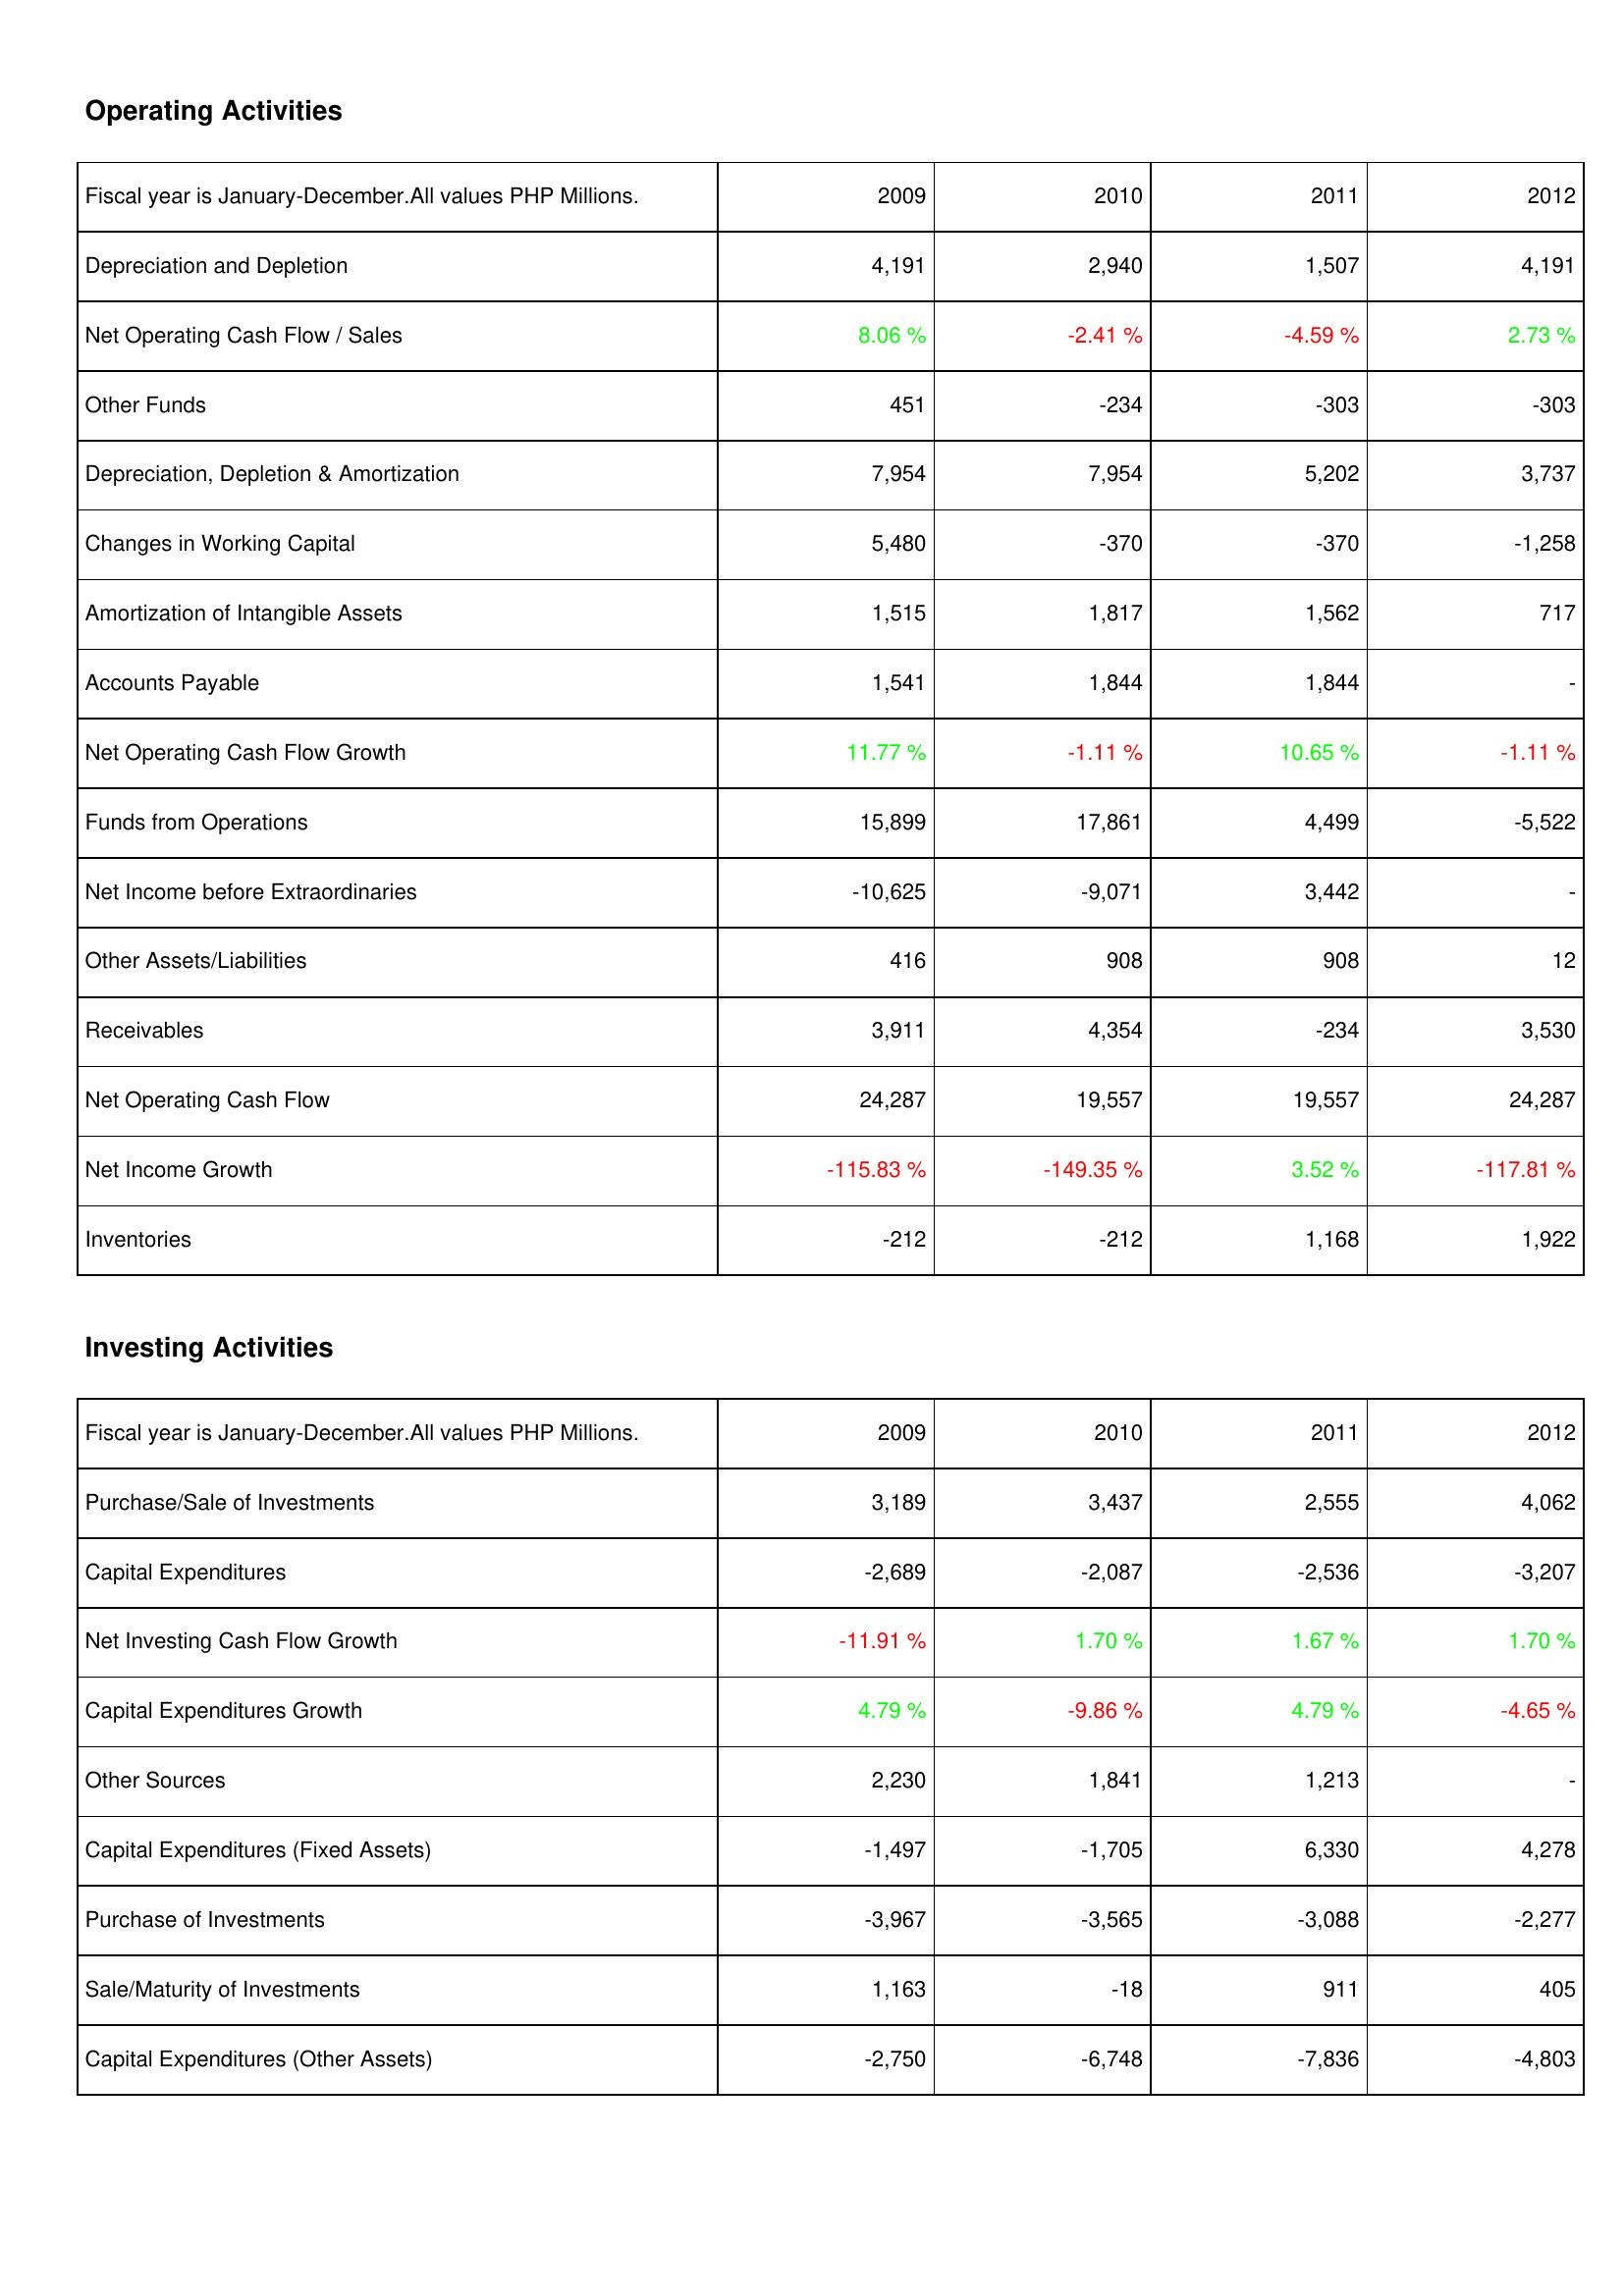
2009: Operating Activities: Depreciation and Depletion: 4,191
Net Operating Cash Flow / Sales: 8.06 %
Other Funds: 451
Depreciation, Depletion & Amortization: 7,954
Changes in Working Capital: 5,480
Amortization of Intangible Assets: 1,515
Accounts Payable: 1,541
Net Operating Cash Flow Growth: 11.77 %
Funds from Operations: 15,899
Net Income before Extraordinaries: -10,625
Other Assets/Liabilities: 416
Receivables: 3,911
Net Operating Cash Flow: 24,287
Net Income Growth: -115.83 %
Inventories: -212
Investing Activities: Purchase/Sale of Investments: 3,189
Capital Expenditures: -2,689
Net Investing Cash Flow Growth: -11.91 %
Capital Expenditures Growth: 4.79 %
Other Sources: 2,230
Capital Expenditures (Fixed Assets): -1,497
Purchase of Investments: -3,967
Sale/Maturity of Investments: 1,163
Capital Expenditures (Other Assets): -2,750
2010: Operating Activities: Depreciation and Depletion: 2,940
Net Operating Cash Flow / Sales: -2.41 %
Other Funds: -234
Depreciation, Depletion & Amortization: 7,954
Changes in Working Capital: -370
Amortization of Intangible Assets: 1,817
Accounts Payable: 1,844
Net Operating Cash Flow Growth: -1.11 %
Funds from Operations: 17,861
Net Income before Extraordinaries: -9,071
Other Assets/Liabilities: 908
Receivables: 4,354
Net Operating Cash Flow: 19,557
Net Income Growth: -149.35 %
Inventories: -212
Investing Activities: Purchase/Sale of Investments: 3,437
Capital Expenditures: -2,087
Net Investing Cash Flow Growth: 1.70 %
Capital Expenditures Growth: -9.86 %
Other Sources: 1,841
Capital Expenditures (Fixed Assets): -1,705
Purchase of Investments: -3,565
Sale/Maturity of Investments: -18
Capital Expenditures (Other Assets): -6,748
2011: Operating Activities: Depreciation and Depletion: 1,507
Net Operating Cash Flow / Sales: -4.59 %
Other Funds: -303
Depreciation, Depletion & Amortization: 5,202
Changes in Working Capital: -370
Amortization of Intangible Assets: 1,562
Accounts Payable: 1,844
Net Operating Cash Flow Growth: 10.65 %
Funds from Operations: 4,499
Net Income before Extraordinaries: 3,442
Other Assets/Liabilities: 908
Receivables: -234
Net Operating Cash Flow: 19,557
Net Income Growth: 3.52 %
Inventories: 1,168
Investing Activities: Purchase/Sale of Investments: 2,555
Capital Expenditures: -2,536
Net Investing Cash Flow Growth: 1.67 %
Capital Expenditures Growth: 4.79 %
Other Sources: 1,213
Capital Expenditures (Fixed Assets): 6,330
Purchase of Investments: -3,088
Sale/Maturity of Investments: 911
Capital Expenditures (Other Assets): -7,836
2012: Operating Activities: Depreciation and Depletion: 4,191
Net Operating Cash Flow / Sales: 2.73 %
Other Funds: -303
Depreciation, Depletion & Amortization: 3,737
Changes in Working Capital: -1,258
Amortization of Intangible Assets: 717
Accounts Payable: -
Net Operating Cash Flow Growth: -1.11 %
Funds from Operations: -5,522
Net Income before Extraordinaries: -
Other Assets/Liabilities: 12
Receivables: 3,530
Net Operating Cash Flow: 24,287
Net Income Growth: -117.81 %
Inventories: 1,922
Investing Activities: Purchase/Sale of Investments: 4,062
Capital Expenditures: -3,207
Net Investing Cash Flow Growth: 1.70 %
Capital Expenditures Growth: -4.65 %
Other Sources: -
Capital Expenditures (Fixed Assets): 4,278
Purchase of Investments: -2,277
Sale/Maturity of Investments: 405
Capital Expenditures (Other Assets): -4,803